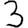
Digit: 3